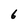
Character: 6